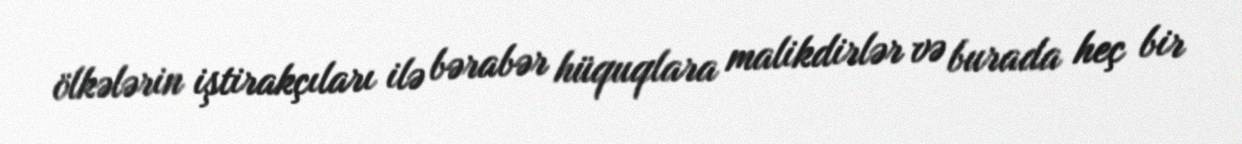
ölkələrin iştirakçıları ilə bərabər hüquqlara malikdirlər və burada heç bir